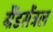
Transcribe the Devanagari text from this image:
ग्रैंडसेंट्रल